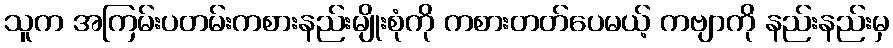
သူက အကြမ်းပတမ်းကစားနည်းမျိုးစုံကို ကစားတတ်ပေမယ့် ကဗျာကို နည်းနည်းမှ